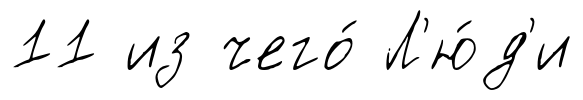
11 из чего́ Л'ю́д'и